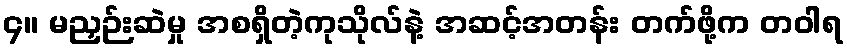
၄။ မညှဉ်းဆဲမှု အစရှိတဲ့ကုသိုလ်နဲ့ အဆင့်အတန်း တက်ဖို့က တဝါရ